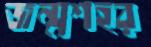
জন্মশহর